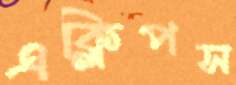
এক্লিপস